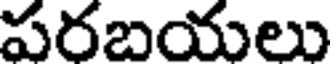
పరబయలు